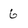
Character: 6